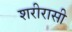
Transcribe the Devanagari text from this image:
शरीरासी